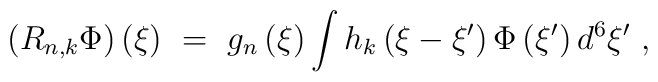
\left( R_{n,k} \Phi\right)\left(\xi\right)\ = \ g_n \left(\xi\right)\int h_k \left( \xi -\xi'\right) \Phi \left(\xi'\right) d^6 \xi' \ ,